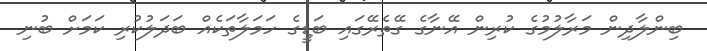
ބިންލާދިން މަރާލުމުގެ ކުރިން އޭނާގެ ގޭތެރޭގައި ބަޑީގެ ހަމަލާތަކެއް ބަދަލުކުރި ކަމަށް ބުނި